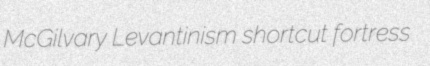
McGilvary Levantinism shortcut fortress